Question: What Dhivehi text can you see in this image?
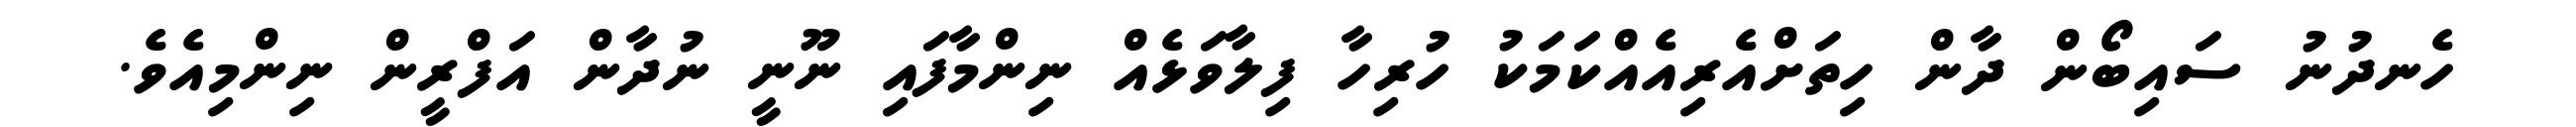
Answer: ހެނދުނު ސައިބޯން ދާން ހިތަށްއެރިއެއްކަމަކު ހުރިހާ ފިލާވަޅެއް ނިންމާފައި ނޫނީ ނުދާން އަފްރީން ނިންމިއެވެ.